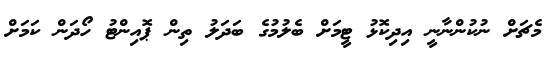
މެޗަށް ނުކުންނާނީ އިދިކޮޅު ޓީމަށް ބެލުމުގެ ބަދަލު ތިން ޕޮއިންޓު ހޯދަން ކަމަށް